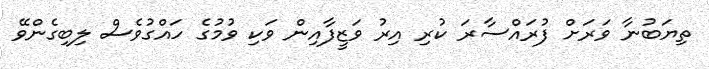
ތިޔަބުނާ ވަރަށް ފުރައްސާރަ ކުރި އިރު ވަޒީފާއިން ވަކި ވުމުގެ ހައްގުވެސް ލިބިގެންވޭ